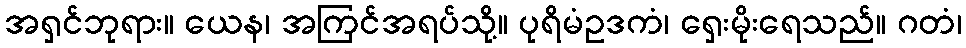
အရှင်ဘုရား။ ယေန၊ အကြင်အရပ်သို့။ ပုရိမံဥဒကံ၊ ရှေးမိုးရေသည်။ ဂတံ၊